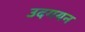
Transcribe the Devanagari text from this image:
उदगयन